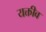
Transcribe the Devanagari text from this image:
यक्तीव